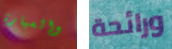
والسيارة ورائحة